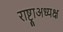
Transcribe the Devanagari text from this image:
राष्ट्राअध्यक्ष